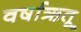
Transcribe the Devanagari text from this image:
वर्षाऋतू